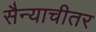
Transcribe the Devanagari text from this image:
सैन्याचीतर